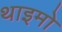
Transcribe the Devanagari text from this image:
थाइमो